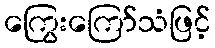
ကြွေးကြော်သံဖြင့်